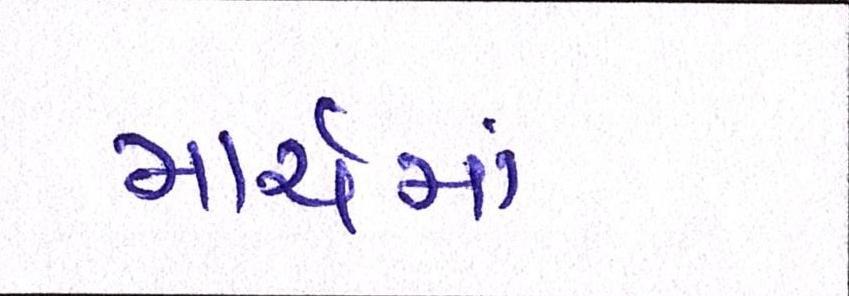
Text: માર્ચમાં